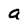
Character: a